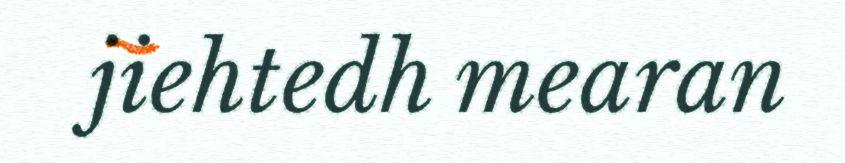
jiehtedh mearan